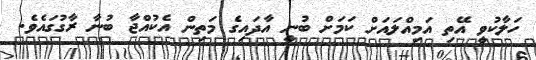
ހަލާކުވީ އޭތި އަމިއްލައަށް ކަމަށް ބުނީ އާދައިގެ މަތިން އެކުއްޖާ ބުނާ ރާގުގައެވެ.